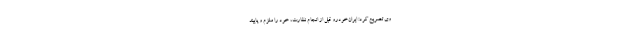
وی تصریح کرد: ایران‌خودرو قبل از انجام نظارت، خود را ملزم و پایبند